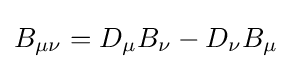
B_{\mu \nu }=D_{\mu }B_{\nu }-D_{\nu }B_{\mu }{\Big .}